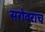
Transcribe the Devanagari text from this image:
सरोवराच